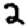
Digit: 2